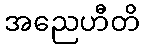
အညေဟီတိ